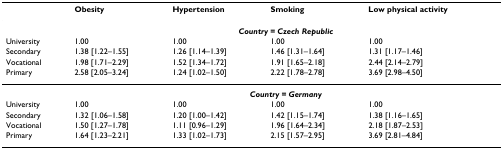
|  | Obesity | Hypertension | Smoking | Low physical activity |
 | --- | --- | --- | --- | --- |
 |  | <COLSPAN=4> Country = Czech Republic |
 | University | 1.00 | 1.00 | 1.00 | 1.00 |
 | Secondary | 1.38 [1.22–1.55] | 1.26 [1.14–1.39] | 1.46 [1.31–1.64] | 1.31 [1.17–1.46] |
 | Vocational | 1.98 [1.71–2.29] | 1.52 [1.34–1.72] | 1.91 [1.65–2.18] | 2.44 [2.14–2.79] |
 | Primary | 2.58 [2.05–3.24] | 1.24 [1.02–1.50] | 2.22 [1.78–2.78] | 3.69 [2.98–4.50] |
 |  | <COLSPAN=4> Country = Germany |
 | University | 1.00 | 1.00 | 1.00 | 1.00 |
 | Secondary | 1.32 [1.06–1.58] | 1.20 [1.00–1.42] | 1.42 [1.15–1.74] | 1.38 [1.16–1.65] |
 | Vocational | 1.50 [1.27–1.78] | 1.11 [0.96–1.29] | 1.96 [1.64–2.34] | 2.18 [1.87–2.53] |
 | Primary | 1.64 [1.23–2.21] | 1.33 [1.02–1.73] | 2.15 [1.57–2.95] | 3.69 [2.81–4.84] |